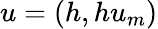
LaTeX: u=(h,hu_{m})